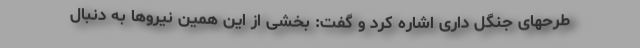
طرحهای جنگل داری اشاره کرد و گفت: بخشی از این همین نیروها به دنبال